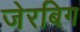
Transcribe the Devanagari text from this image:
जेरबिग